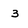
Character: 3